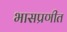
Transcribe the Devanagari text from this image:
भासप्रणीत